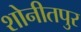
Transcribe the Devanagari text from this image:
शोनीतपुर